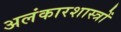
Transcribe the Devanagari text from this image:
अलंकारशास्त्रों